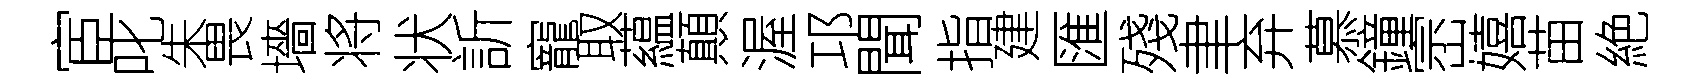
宦叱朱畏墻将状訢寵取藴顛渥邛聞指建匯殘聿弃慕鐘崈嬉苗絶